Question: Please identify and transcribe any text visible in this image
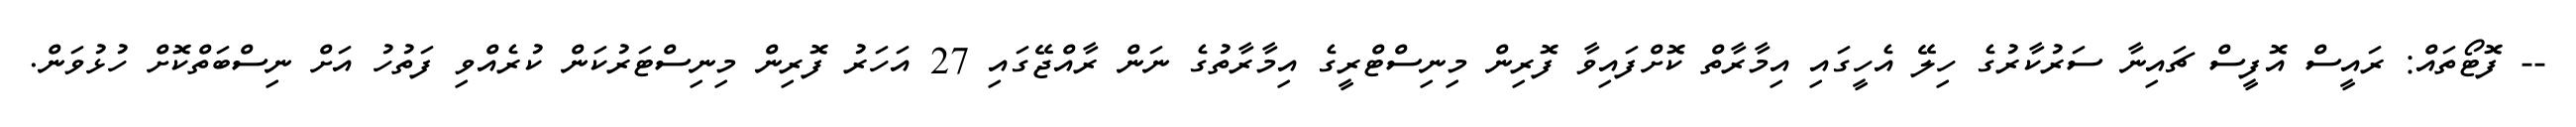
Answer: -- ފޮޓޯތައް: ރައީސް އޮފީސް ޗައިނާ ސަރުކާރުގެ ހިލޭ އެހީގައި އިމާރާތް ކޮށްފައިވާ ފޮރިން މިނިސްޓްރީގެ އިމާރާތުގެ ނަން ރާއްޖޭގައި 27 އަހަރު ފޮރިން މިނިސްޓަރުކަން ކުރެއްވި ފަތުހު އަށް ނިސްބަތްކޮށް ހުޅުވަން.